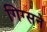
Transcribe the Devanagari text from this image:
गिग्सने